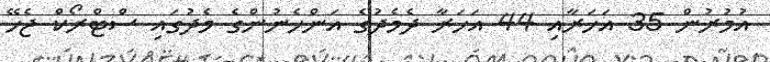
އުމުރުން 35 އަހަރާއި 44 އަހަރާ ދެމެދުގެ އަންހެނުންގެ މެދުގައި ސްޓްރޯކް ޖެހޭ